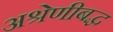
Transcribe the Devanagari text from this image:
अश्रेणीबद्ध